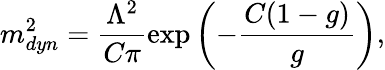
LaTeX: m_{dyn}^{2}=\frac{\Lambda^{2}}{C\pi}\exp\left(-\frac{C(1-g)}{g}\right),